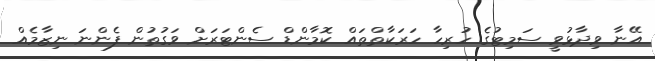
އޭނާ ވިދާޅުވީ ސަމިޓުގެ ހުރިހާ ހަރަކާތްތައް ކޮމާންޑް ސެންޓަރަށް ވަގުތުން ފެންނަ ނިޒާމެއް